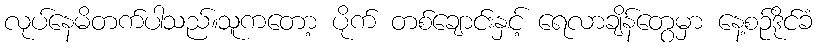
လုပ်နေမိတက်ပါသည်။သူကတော့ ပိုက် တစ်ချောင်းနှင့် ရေလာချိန်တွေမှာ နေ့စဉ်ဒိုင်ခံ